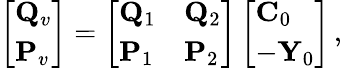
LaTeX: \left[\begin{array}{l}{{\mathbf Q}_{v}}\\ {{\mathbf P}_{v}}\end{array}\right]=\left[\begin{array}{ll}{{\mathbf Q}_{1}}&{{\mathbf Q}_{2}}\\ {{\mathbf P}_{1}}&{{\mathbf P}_{2}}\end{array}\right]\left[\begin{array}{l}{{\mathbf C}_{0}}\\ {-{\mathbf Y}_{0}}\end{array}\right]\, ,